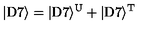
| \mathrm { D } 7 \rangle = | \mathrm { D } 7 \rangle ^ { \mathrm { U } } + | \mathrm { D } 7 \rangle ^ { \mathrm { T } }